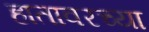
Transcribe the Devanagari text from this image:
हातावरच्या